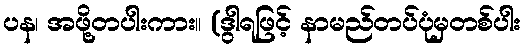
ပန၊ အဖို့တပါးကား။ (ဒွါရဖြင့် နာမည်တပ်ပုံမှတစ်ပါး